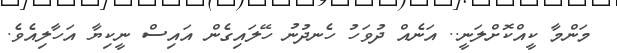
މަންމާ ކީއްކޮށްލަނީ.. އަނެއް ދުވަހު ހެނދުނު ހޭލައިގެން އައިސް ނީކިޔާ އަހާލިއެވެ.